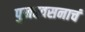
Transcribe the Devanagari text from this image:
पुनरवसनाचं